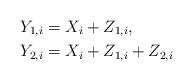
LaTeX: \begin{align*}Y_{1,i}&=X_i+Z_{1,i},\\Y_{2,i}&=X_i+Z_{1,i}+Z_{2,i}\end{align*}